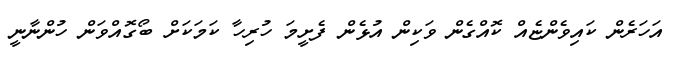
އަހަރެން ކައިވެންޏެއް ކޮއްގެން ވަކިން އުޅެން ފެށީމަ ހުރިހާ ކަމަކަށް ބޯގޮއްވަން ހުންނާނީ